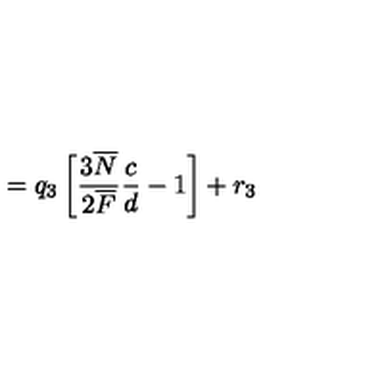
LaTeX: = q _ { 3 } \left[ \frac { 3 \overline { { N } } } { 2 \overline { { F } } } \frac { c } { d } - 1 \right] + r _ { 3 }